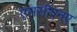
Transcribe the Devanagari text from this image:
एससीएनए